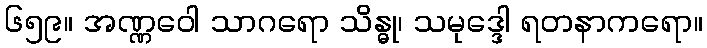
၆၅၉။ အဏ္ဏဝေါ သာဂရော သိန္ဓု၊ သမုဒ္ဒေါ ရတနာကရော။